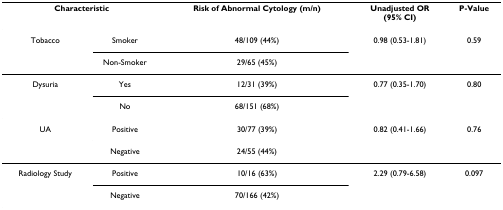
| <COLSPAN=2> Characteristic | Risk of Abnormal Cytology (m/n) | Unadjusted OR(95% CI) | P-Value |
 | --- | --- | --- | --- | --- |
 | Tobacco | Smoker | 48/109 (44%) | 0.98 (0.53-1.81) | 0.59 |
 |  | Non-Smoker | 29/65 (45%) |  |  |
 | Dysuria | Yes | 12/31 (39%) | 0.77 (0.35-1.70) | 0.80 |
 |  | No | 68/151 (68%) |  |  |
 | UA | Positive | 30/77 (39%) | 0.82 (0.41-1.66) | 0.76 |
 |  | Negative | 24/55 (44%) |  |  |
 | Radiology Study | Positive | 10/16 (63%) | 2.29 (0.79-6.58) | 0.097 |
 |  | Negative | 70/166 (42%) |  |  |